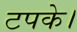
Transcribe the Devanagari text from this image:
टपके।